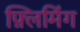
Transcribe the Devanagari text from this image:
फ़्लिमिंग